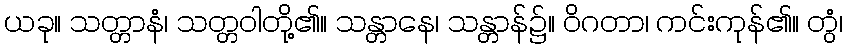
ယခု။ သတ္တာနံ၊ သတ္တဝါတို့၏။ သန္တာနေ၊ သန္တာန်၌။ ဝိဂတာ၊ ကင်းကုန်၏။ တွံ၊